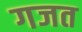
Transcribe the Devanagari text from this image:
गजत